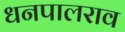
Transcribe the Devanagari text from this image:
धनपालराव